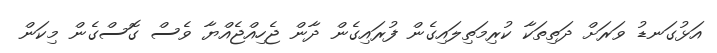
އަޅުގަނޑު ވަރަށް ދަތިތަކާ ކުރިމަތިލައިގެން ފުރައިގެން ދާން ޖެހިއްޖެއްޔާ ވެސް ގޮސްގެން މިކަން